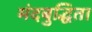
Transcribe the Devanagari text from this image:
मंदबुद्धिता